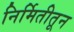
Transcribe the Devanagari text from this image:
निर्मितीतून